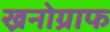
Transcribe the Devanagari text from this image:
ख्रनोग्राफ